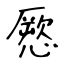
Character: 憠